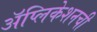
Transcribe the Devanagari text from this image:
अॅप्लिकेशनची